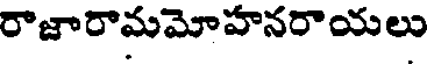
రాజారామమోహనరాయలు